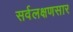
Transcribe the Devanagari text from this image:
सर्वलक्षणसार